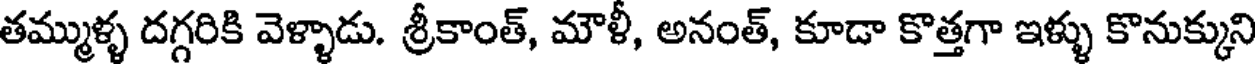
తమ్ముళ్ళ దగ్గరికి వెళ్ళాడు. శ్రీకాంత్, మౌళీ, అనంత్, కూడా కొత్తగా ఇళ్ళు కొనుక్కుని